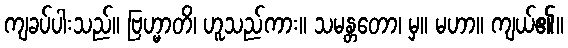
ကျခပ်ပါးသည်။ ဗြဟ္မာတိ၊ ဟူသည်ကား။ သမန္တတော၊ မှ။ မဟာ။ ကျယ်၏။